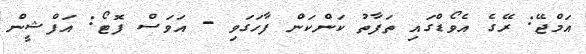
އަމްޖޭ: ރޭގެ އެވޯޑްގައި ތަފާތު ކަންކަން ފާހަގަވި - އަވަސް ފޮޓޯ: އަފްޝީން